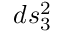
d s _ { 3 } ^ { 2 }